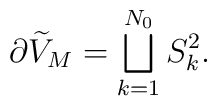
\partial \widetilde{V}_{M}=\bigsqcup_{k=1}^{N_{0}}S_{k}^{2}.